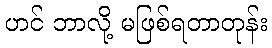
ဟင် ဘာလို့ မဖြစ်ရတာတုန်း